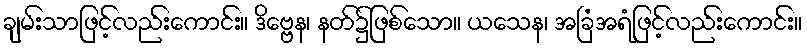
ချမ်းသာဖြင့်လည်းကောင်း။ ဒိဗ္ဗေန၊ နတ်၌ဖြစ်သော။ ယသေန၊ အခြံအရံဖြင့်လည်းကောင်း။